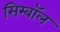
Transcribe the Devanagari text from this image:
सिम्बॉल